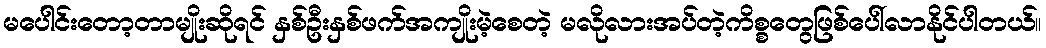
မပေါင်းတော့တာမျိုးဆိုရင် နှစ်ဦးနှစ်ဖက်အကျိုးမဲ့စေတဲ့ မလိုလားအပ်တဲ့ကိစ္စတွေဖြစ်ပေါ်လာနိုင်ပါတယ်။